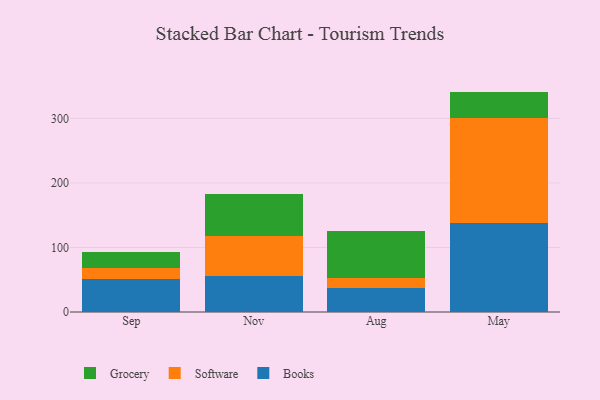
{"axis": {"x": "Month", "y": "Waste Production (Tons)"}, "legend": ["Books", "Grocery", "Software"], "data": [{"x": "Sep", "y": 51.1, "type": "Books"}, {"x": "Sep", "y": 17.6, "type": "Software"}, {"x": "Sep", "y": 24.1, "type": "Grocery"}, {"x": "Nov", "y": 55.3, "type": "Books"}, {"x": "Nov", "y": 62.9, "type": "Software"}, {"x": "Nov", "y": 64.1, "type": "Grocery"}, {"x": "Aug", "y": 37.0, "type": "Books"}, {"x": "Aug", "y": 16.2, "type": "Software"}, {"x": "Aug", "y": 72.2, "type": "Grocery"}, {"x": "May", "y": 138.4, "type": "Books"}, {"x": "May", "y": 162.9, "type": "Software"}, {"x": "May", "y": 40.3, "type": "Grocery"}]}